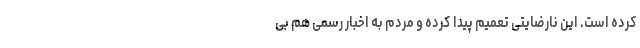
کرده است. این نارضایتی تعمیم پیدا کرده و مردم به اخبار رسمی هم بی